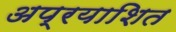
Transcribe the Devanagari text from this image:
अप्रयाशित